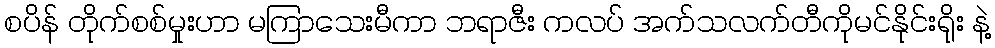
စပိန် တိုက်စစ်မှုးဟာ မကြာသေးမီကာ ဘရာဇီး ကလပ် အက်သလက်တီကိုမင်နိုင်းရိုး နဲ့